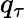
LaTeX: q_{\tau}